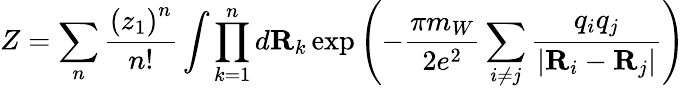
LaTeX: Z=\sum_{n}{\frac{\left(z_{1}\right)^{n}}{n!}}\int\prod_{k=1}^{n}d{\mathbf R}_{k}\exp\left(-{\frac{\pi m_{W}}{2e^{2}}}\sum_{i\not=j}{\frac{q_{i}q_{j}}{\vert{\mathbf R}_{i}-{\mathbf R}_{j}\vert}}\right)